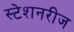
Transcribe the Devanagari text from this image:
स्टेशनरीज